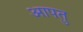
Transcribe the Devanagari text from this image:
आपतु